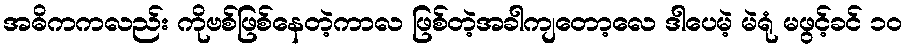
အဓိကကလည်း ကိုဗစ်ဖြစ်နေတဲ့ကာလ ဖြစ်တဲ့အခါကျတော့လေ ဒါပေမဲ့ မဲရုံ မဖွင့်ခင် ၁၀